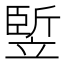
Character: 𥪨